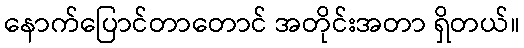
နောက်ပြောင်တာတောင် အတိုင်းအတာ ရှိတယ်။